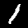
Label: 1